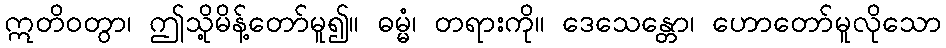
ဣတိဝတွာ၊ ဤသို့မိန့်တော်မူ၍။ ဓမ္မံ၊ တရားကို။ ဒေသေန္တော၊ ဟောတော်မူလိုသော